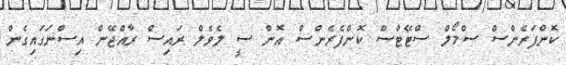
ކޮންފަރެންސް ސްމޯލް ސްޓޭޓްސް ކޮންފެރެންސް އޮން ސީ ލެވެލް ރައިސް ރާއްޖޭން އިސްނަގައިގެން